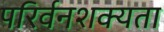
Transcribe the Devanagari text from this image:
परिर्वनशक्यता